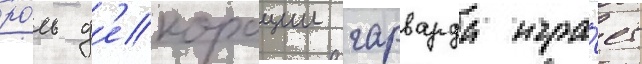
ро́ль д'екорации гарварда игра́ет